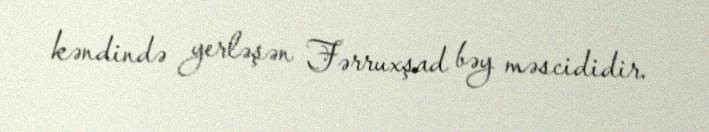
kəndində yerləşən Fərruxşad bəy məscididir.